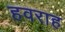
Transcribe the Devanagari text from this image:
हवराह